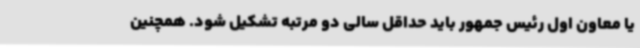
یا معاون اول رئیس جمهور باید حداقل سالی دو مرتبه تشکیل شود. همچنین